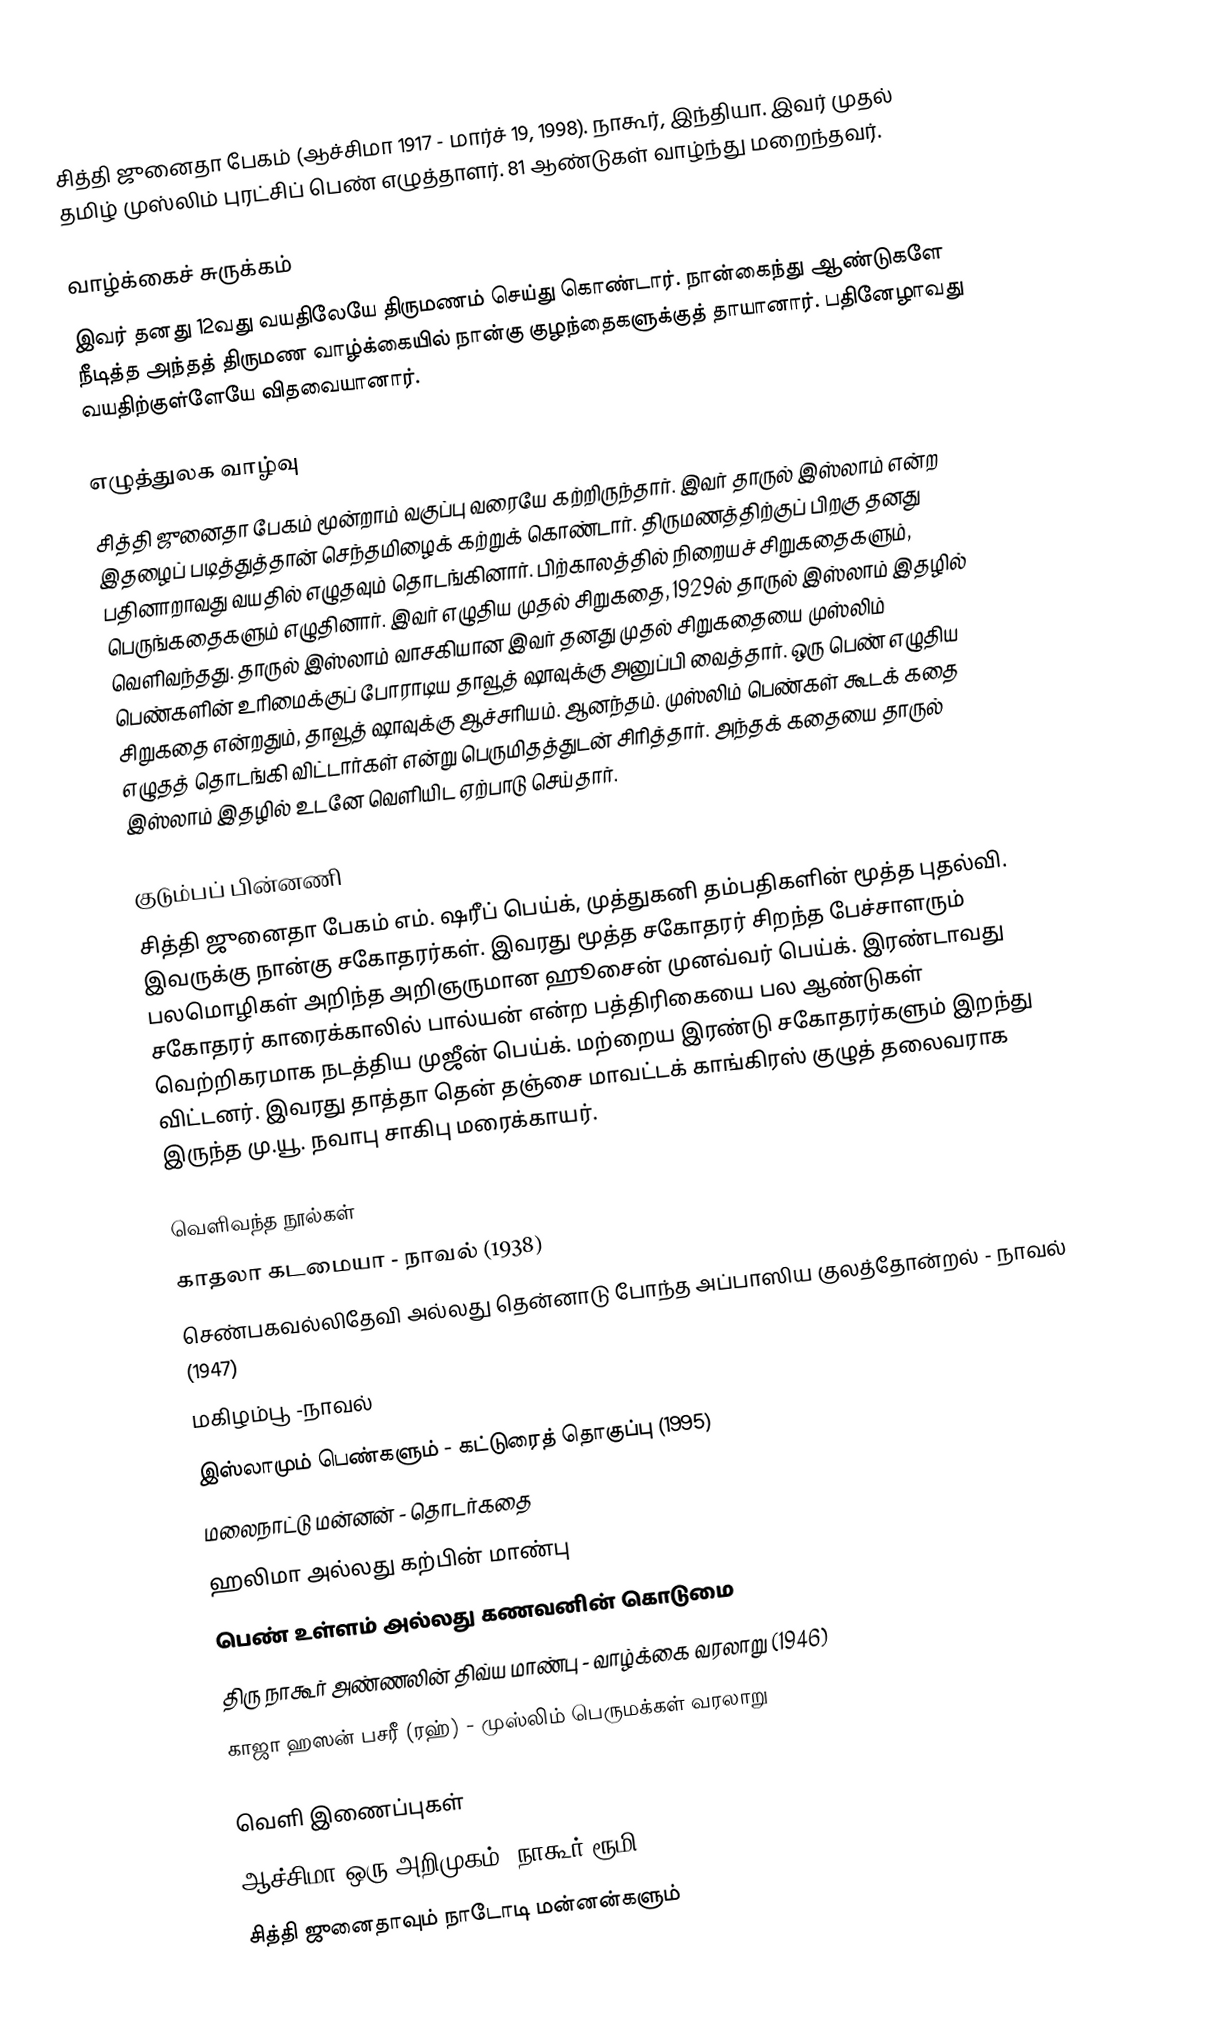
சித்தி ஜுனைதா பேகம் (ஆச்சிமா 1917 - மார்ச் 19, 1998). நாகூர், இந்தியா.  இவர் முதல் தமிழ் முஸ்லிம் புரட்சிப் பெண் எழுத்தாளர். 81 ஆண்டுகள் வாழ்ந்து மறைந்தவர்.

வாழ்க்கைச் சுருக்கம்
இவர் தனது 12வது வயதிலேயே திருமணம் செய்து கொண்டார். நான்கைந்து ஆண்டுகளே நீடித்த அந்தத் திருமண வாழ்க்கையில் நான்கு குழந்தைகளுக்குத் தாயானார். பதினேழாவது வயதிற்குள்ளேயே விதவையானார்.

எழுத்துலக வாழ்வு
சித்தி ஜுனைதா பேகம் மூன்றாம் வகுப்பு வரையே கற்றிருந்தார். இவர் தாருல் இஸ்லாம் என்ற இதழைப் படித்துத்தான் செந்தமிழைக் கற்றுக் கொண்டார். திருமணத்திற்குப் பிறகு தனது பதினாறாவது வயதில் எழுதவும் தொடங்கினார். பிற்காலத்தில் நிறையச் சிறுகதைகளும், பெருங்கதைகளும் எழுதினார். இவர் எழுதிய முதல் சிறுகதை, 1929ல் தாருல் இஸ்லாம் இதழில் வெளிவந்தது. தாருல் இஸ்லாம் வாசகியான இவர் தனது முதல் சிறுகதையை முஸ்லிம் பெண்களின் உரிமைக்குப் போராடிய தாவூத் ஷாவுக்கு அனுப்பி வைத்தார். ஒரு பெண் எழுதிய சிறுகதை என்றதும், தாவூத் ஷாவுக்கு ஆச்சரியம். ஆனந்தம். முஸ்லிம் பெண்கள் கூடக் கதை எழுதத் தொடங்கி விட்டார்கள் என்று பெருமிதத்துடன் சிரித்தார். அந்தக் கதையை தாருல் இஸ்லாம் இதழில் உடனே வெளியிட ஏற்பாடு செய்தார்.

குடும்பப் பின்னணி
சித்தி ஜுனைதா பேகம் எம். ஷரீப் பெய்க், முத்துகனி தம்பதிகளின் மூத்த புதல்வி. இவருக்கு நான்கு சகோதரர்கள். இவரது மூத்த சகோதரர் சிறந்த பேச்சாளரும் பலமொழிகள் அறிந்த அறிஞருமான ஹூசைன் முனவ்வர் பெய்க்.  இரண்டாவது சகோதரர் காரைக்காலில் பால்யன் என்ற பத்திரிகையை பல ஆண்டுகள் வெற்றிகரமாக நடத்திய முஜீன் பெய்க். மற்றைய இரண்டு சகோதரர்களும் இறந்து விட்டனர். இவரது தாத்தா தென் தஞ்சை மாவட்டக் காங்கிரஸ் குழுத் தலைவராக இருந்த மு.யூ. நவாபு சாகிபு மரைக்காயர்.

வெளிவந்த நூல்கள்
 காதலா கடமையா - நாவல் (1938)
 செண்பகவல்லிதேவி அல்லது தென்னாடு போந்த அப்பாஸிய குலத்தோன்றல் - நாவல் (1947)
 மகிழம்பூ -நாவல்
 இஸ்லாமும் பெண்களும் - கட்டுரைத் தொகுப்பு (1995)
 மலைநாட்டு மன்னன் - தொடர்கதை
 ஹலிமா அல்லது கற்பின் மாண்பு
 பெண் உள்ளம் அல்லது கணவனின் கொடுமை
 திரு நாகூர் அண்ணலின் திவ்ய மாண்பு - வாழ்க்கை வரலாறு (1946)
 காஜா ஹஸன் பசரீ (ரஹ்) - முஸ்லிம் பெருமக்கள் வரலாறு

வெளி இணைப்புகள்
 ஆச்சிமா ஒரு அறிமுகம் (நாகூர் ரூமி)
 சித்தி ஜுனைதாவும் நாடோடி மன்னன்களும்